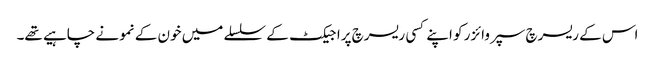
اس کے ریسرچ سپروائزر کو اپنے کسی ریسرچ پراجیکٹ کے سلسلے میں خون کے نمونے چاہیے تھے۔